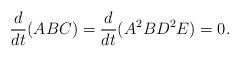
LaTeX: \begin{align*}\frac{d}{dt}(ABC)=\frac{d}{dt}(A^2BD^2E)=0.\end{align*}